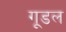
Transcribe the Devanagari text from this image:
गूडल